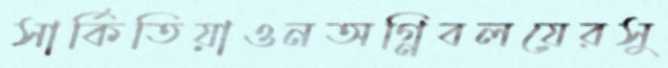
সার্কিতিয়াওনঅগ্নিবলয়েরসু